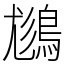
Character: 𪁪